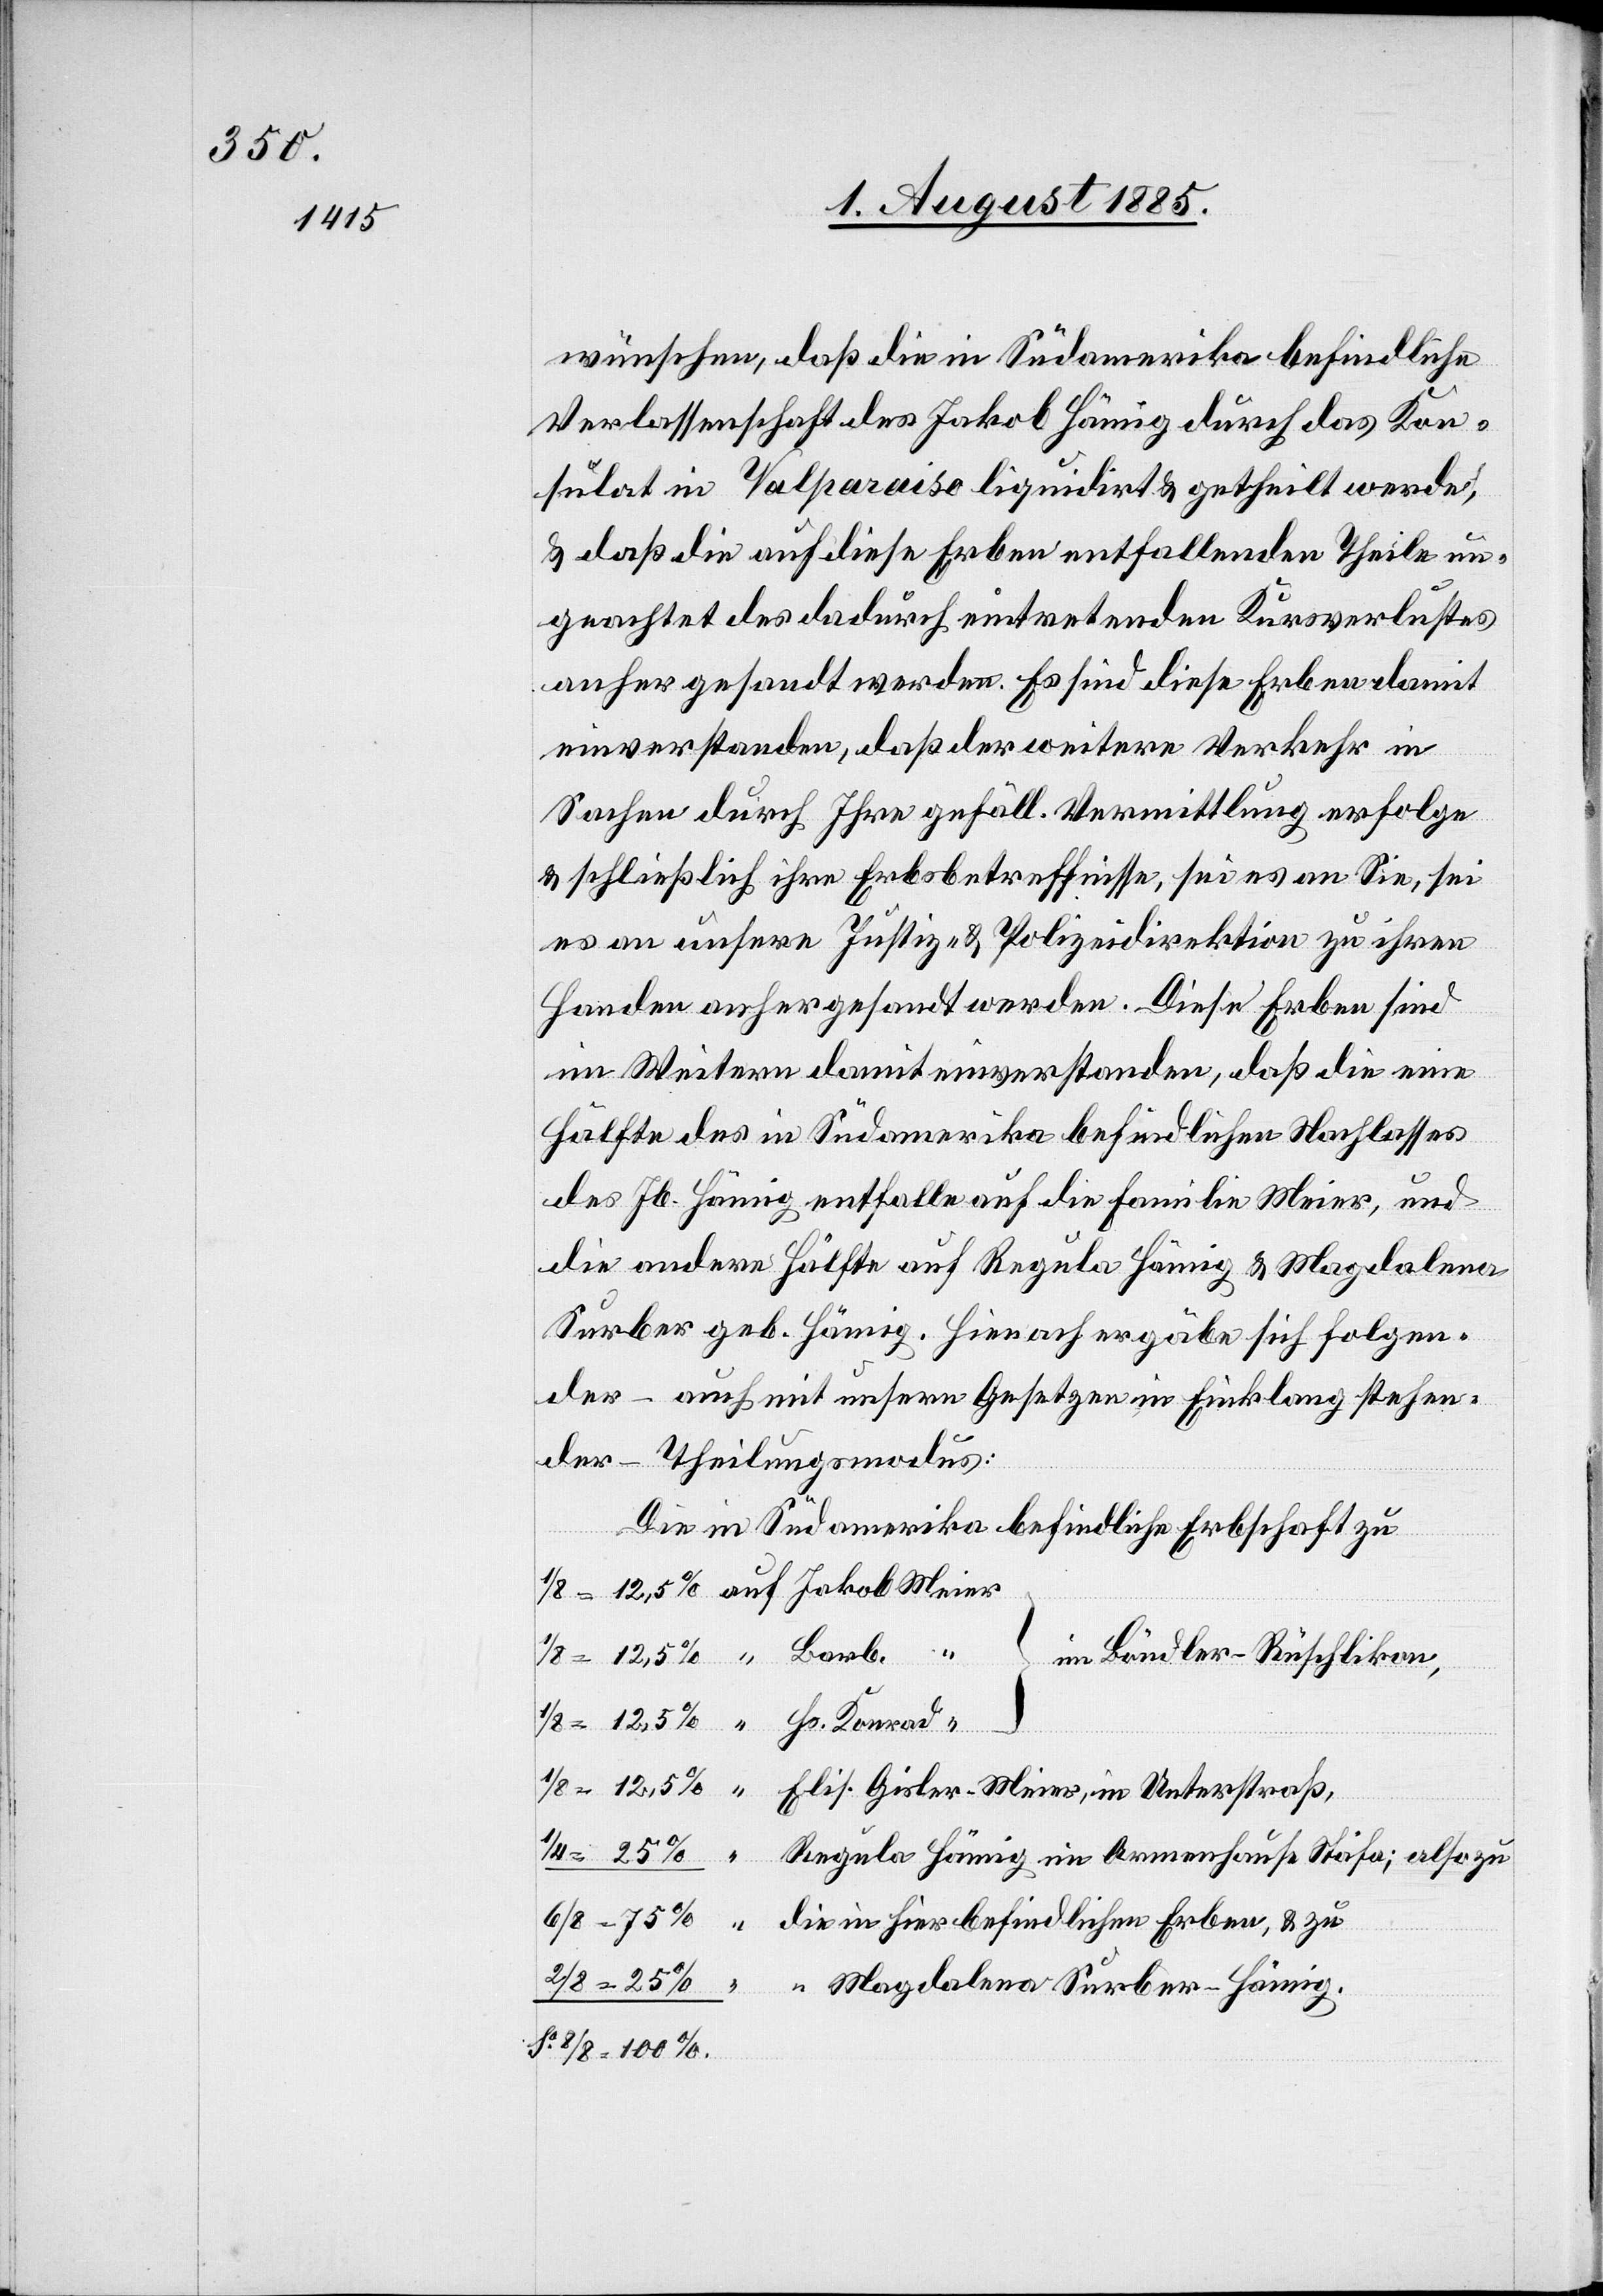
wünschen, daß die in Südamerika befindliche
Verlassenschaft des Jakob Hämig durch das Kon¬
sulat in Valparaiso liquidirt & getheilt werde,
& daß die auf diese Erben entfallenden Theile un¬
geachtet des dadurch eintretenden Kursverlustes
anher gesandt werden. Es sind diese Erben damit
einverstanden, daß der weitere Verkehr in
Sachen durch Ihre gefäll. Vermittlung erfolge
& schließlich ihre Erbsbetreffnisse, sei es an Sie, sei
es an unsere Justiz- & Polizeidirektion zu ihren
Handen anhergesandt werden. Diese Erben sind
im Weitern damit einverstanden, daß die eine
Hälfte des in Südamerika befindlichen Nachlasses
des Jb. Hämig entfalle auf die Familie Meier, und
die andere Hälfte auf Regula Hämig & Magdalena
Surber geb. Hämig. Hienach ergäbe sich folgen¬
der – auch mit unsern Gesetzen im Einklang stehen¬
der – Theilungsmodus:
Elis.
“
im Bändler - Rüschlikon,
Regula Hämig im Armenhause Stäfa; also zu